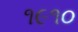
૧૯૧૦